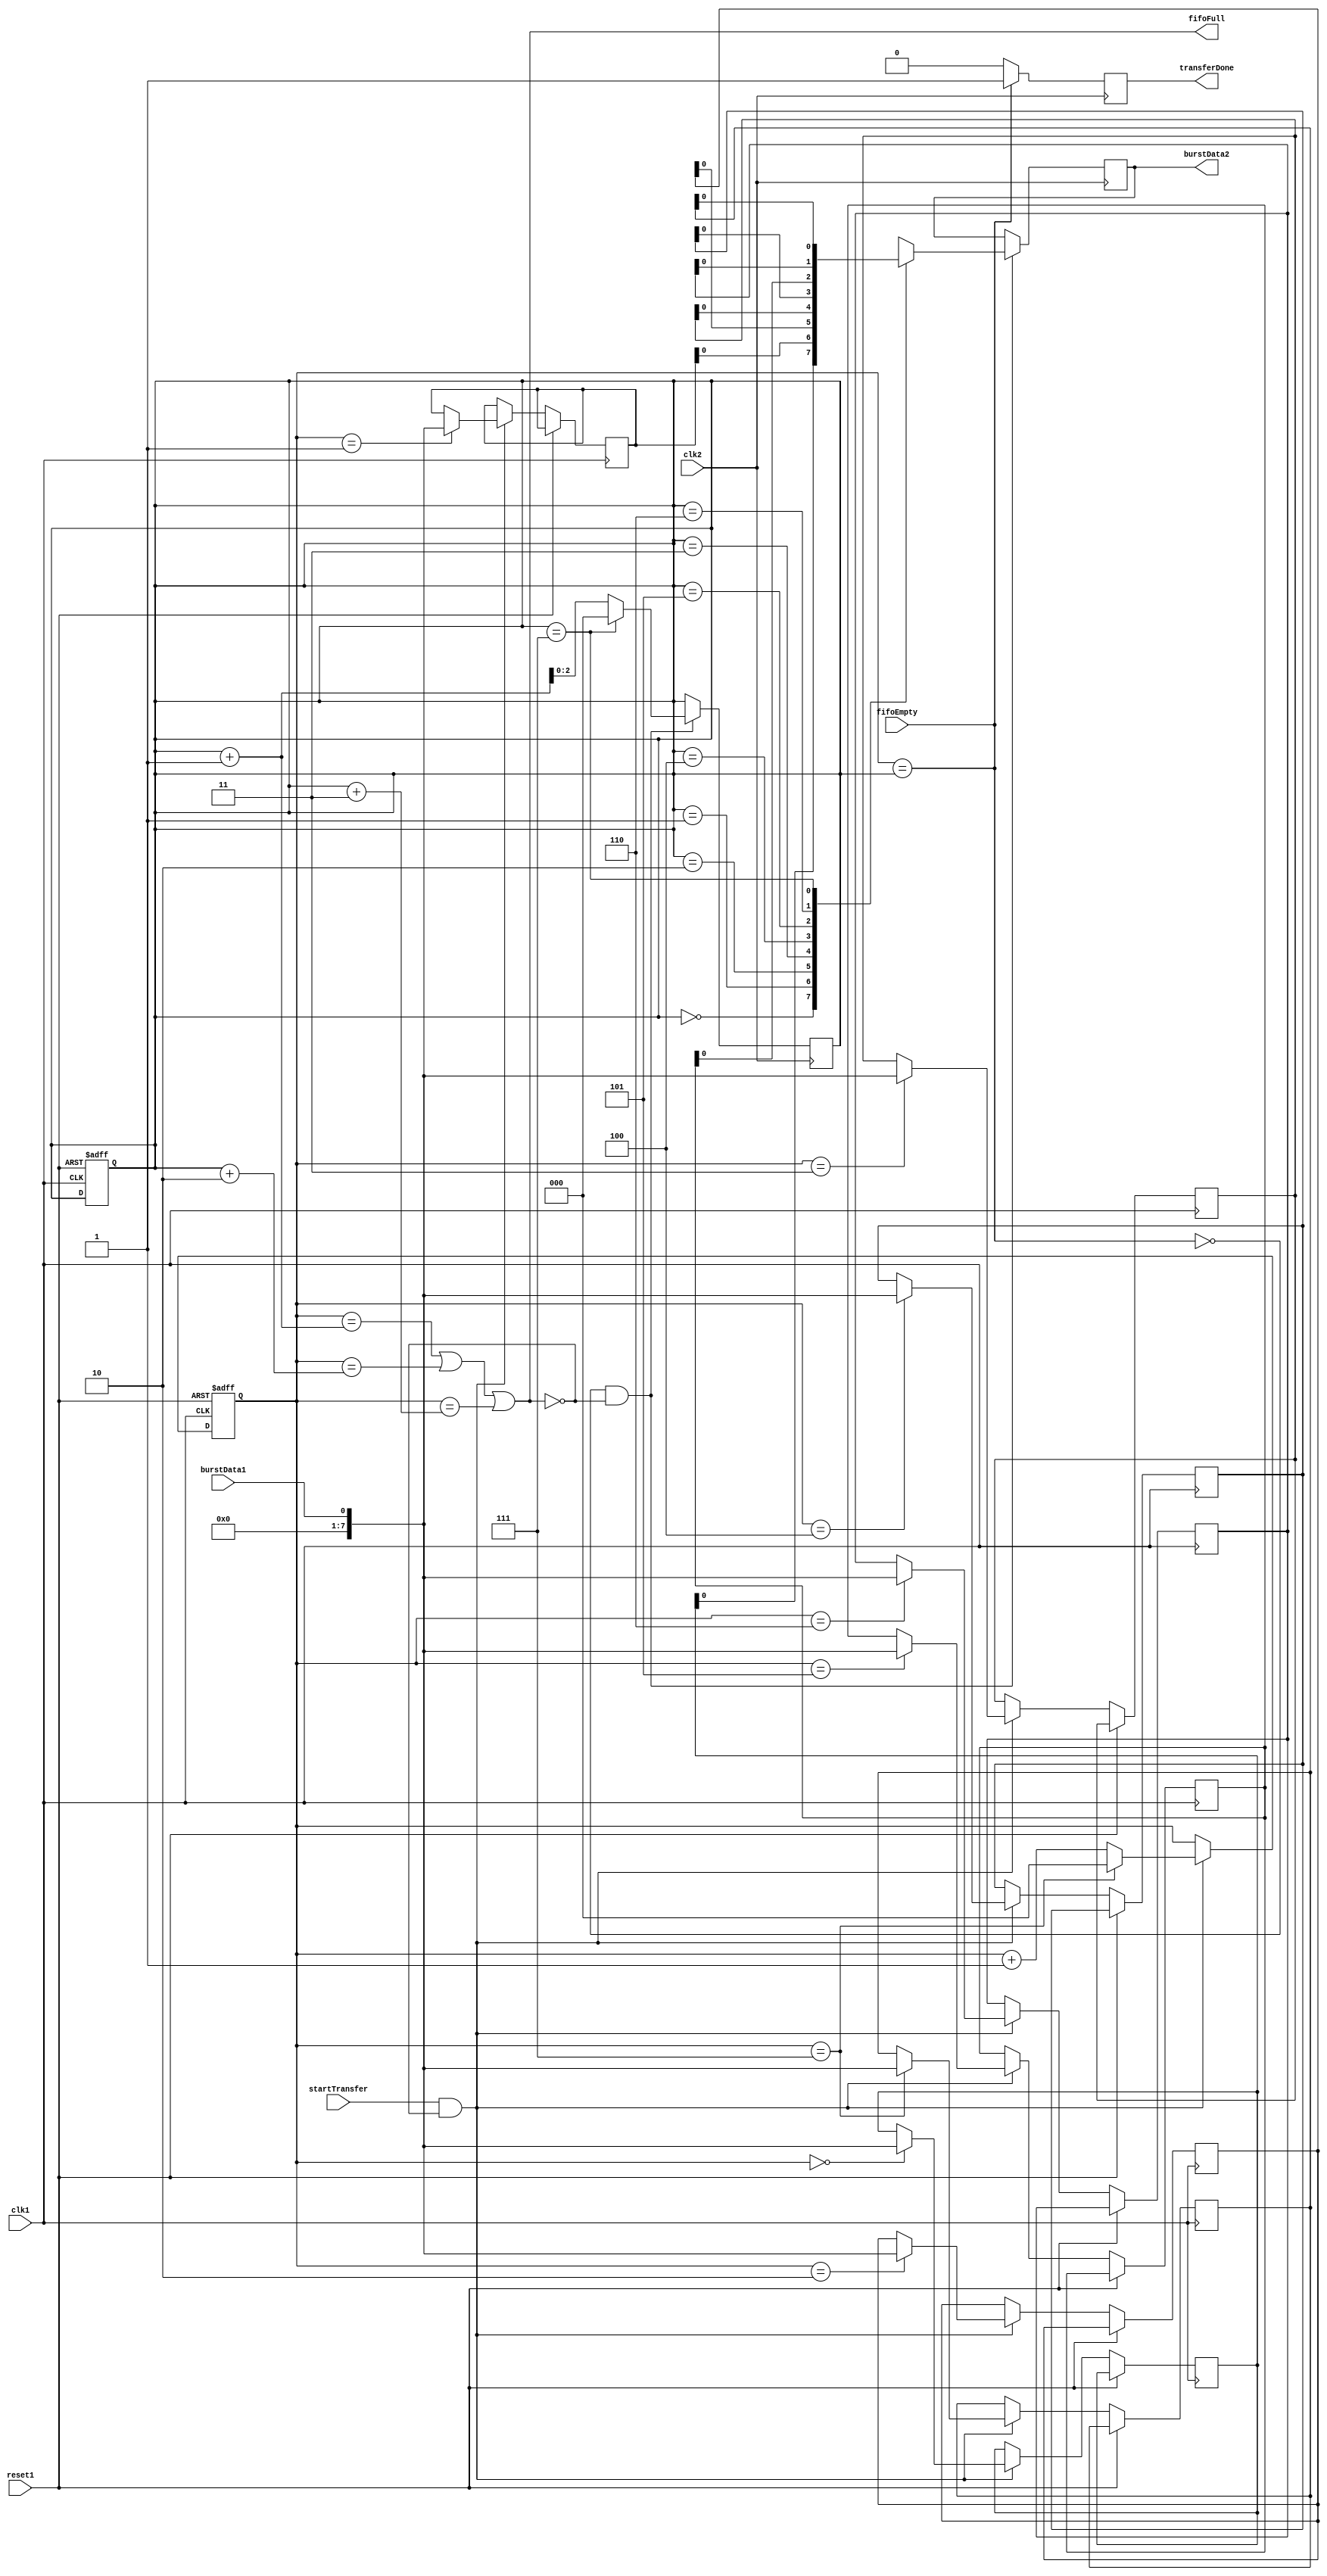
module BurstSynchronizer (
    input wire clk1,        // Clock input for domain 1
    input wire reset1,      // Reset signal for domain 1
    input wire burstData1,  // Input burst data from domain 1
    
    input wire clk2,        // Clock input for domain 2
    output reg burstData2,  // Output burst data for domain 2
    
    input wire startTransfer,// Start transfer signal
    
    output reg transferDone, // Transfer done signal
    
    input wire fifoEmpty,    // FIFO buffer empty signal
    output reg fifoFull      // FIFO buffer full signal
    
);

reg [7:0] fifo [0:7];       // 8-element FIFO buffer to store burst data
reg [2:0] writePtr, readPtr; // Write and read pointers for FIFO buffer

always @(posedge clk1 or posedge reset1) begin
    if (reset1) begin
        writePtr <= 3'b0; // Reset write pointer
        readPtr <= 3'b0;  // Reset read pointer
    end else if (startTransfer && !fifoFull) begin
        fifo[writePtr] <= burstData1; // Write burst data to FIFO buffer
        writePtr <= writePtr + 1;      // Increment write pointer
        if (writePtr == 3'b111) begin
            writePtr <= 3'b0; // Wrap write pointer around
        end
    end
end

always @(posedge clk2) begin
    if (!fifoEmpty && !fifoFull) begin
        burstData2 <= fifo[readPtr]; // Read burst data from FIFO buffer
        readPtr <= readPtr + 1;      // Increment read pointer
        if (readPtr == 3'b111) begin
            readPtr <= 3'b0; // Wrap read pointer around
        end
    end
end

// Check FIFO buffer status for empty and full conditions
assign fifoEmpty = (writePtr == readPtr);
assign fifoFull = ((writePtr == readPtr + 1) || (writePtr == readPtr + 2) || (writePtr == readPtr + 3));

// Control signal to indicate transfer completion
always @(posedge clk2) begin
    if (fifoEmpty) begin
        transferDone <= 1'b1; // Set transfer done signal
    end else begin
        transferDone <= 1'b0; // Reset transfer done signal
    end
end

endmodule